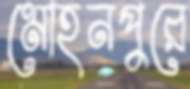
মোহনপুরে